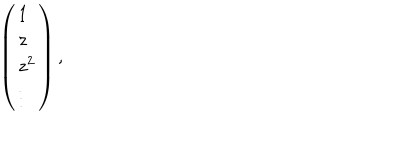
LaTeX: \left( \begin{array} { l } { { 1 } } \\ { { z } } \\ { { z ^ { 2 } } } \\ { { \vdots } } \\ \end{array} \right) ,